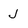
Character: J